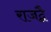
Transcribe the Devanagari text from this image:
राजद्वै